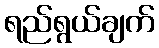
ရည်ရွယ်ချက်